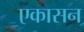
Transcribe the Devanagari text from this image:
एकासन